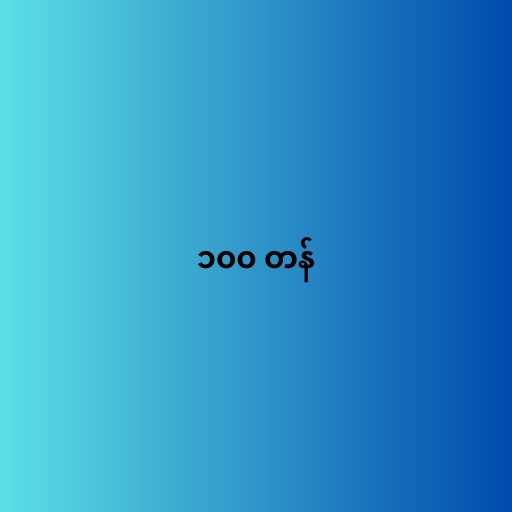
၁၀၀ တန်